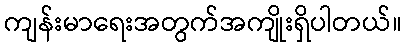
ကျန်းမာရေးအတွက်အကျိုးရှိပါတယ်။